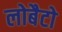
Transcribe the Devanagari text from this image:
लोबैटो